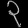
Digit: ၃